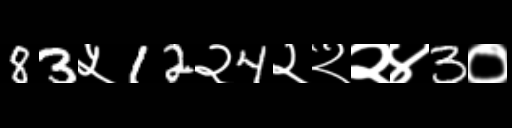
Text: 83५12२4२२२४3०